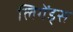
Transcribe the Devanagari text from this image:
लिगेंड्स